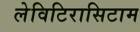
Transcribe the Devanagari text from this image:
लेविटिरासिटाम